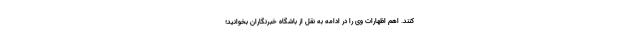
کنند. اهم اظهارات وی را در ادامه به نقل از باشگاه خبرنگاران بخوانید؛